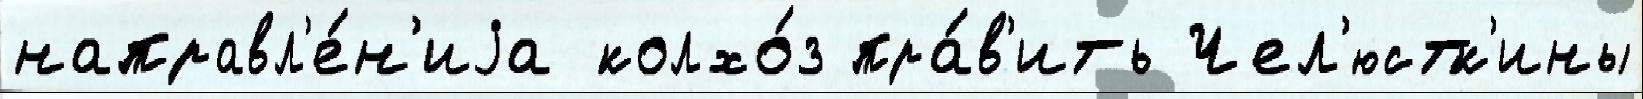
направл'е́н'иjа колхо́з пра́в'ить Чел'юстк'ины